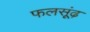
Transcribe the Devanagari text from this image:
फलसूंढ़